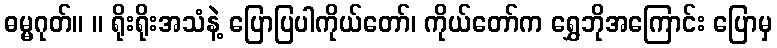
ဓမ္မဂုတ်။ ။ ရိုးရိုးအသံနဲ့ ပြောပြပါကိုယ်တော်၊ ကိုယ်တော်က ရွှေဘိုအကြောင်း ပြောမှ